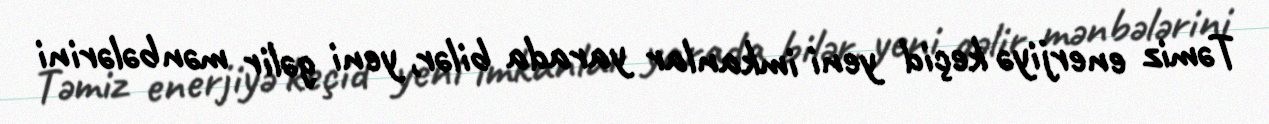
Təmiz enerjiyə keçid yeni imkanlar yarada bilər, yeni gəlir mənbələrini